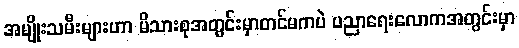
အမျိုးသမီးများဟာ မိသားစုအတွင်းမှာတင်မကပဲ ပညာရေးလောကအတွင်းမှာ